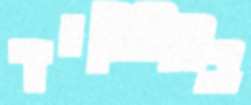
בתפקיד